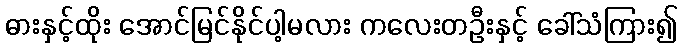
ဓားနှင့်ထိုး အောင်မြင်နိုင်ပါ့မလား ကလေးတဦးနှင့် ခေါ်သံကြား၍